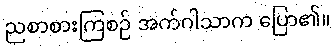
ညစာစားကြစဉ် အက်ဂါသာက ပြော၏။